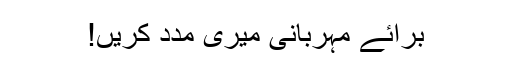
برائے مہربانی میری مدد کریں!